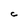
Character: C